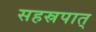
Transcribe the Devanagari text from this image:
सहस्रपात्